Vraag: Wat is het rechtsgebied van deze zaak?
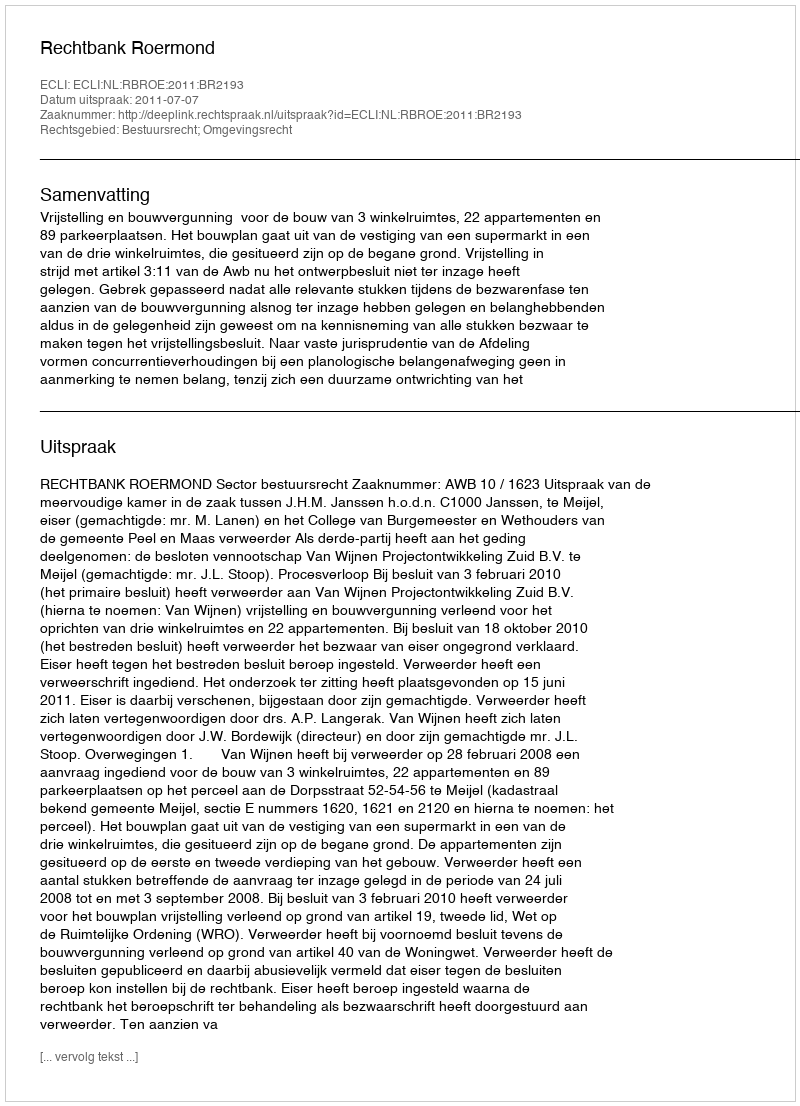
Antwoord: Bestuursrecht; Omgevingsrecht